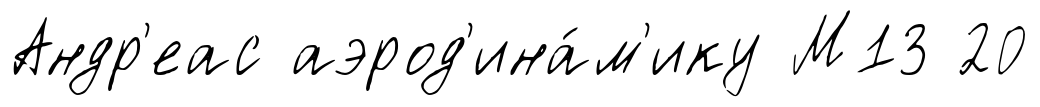
Андр'еас аэрод'ина́м'ику М13 20